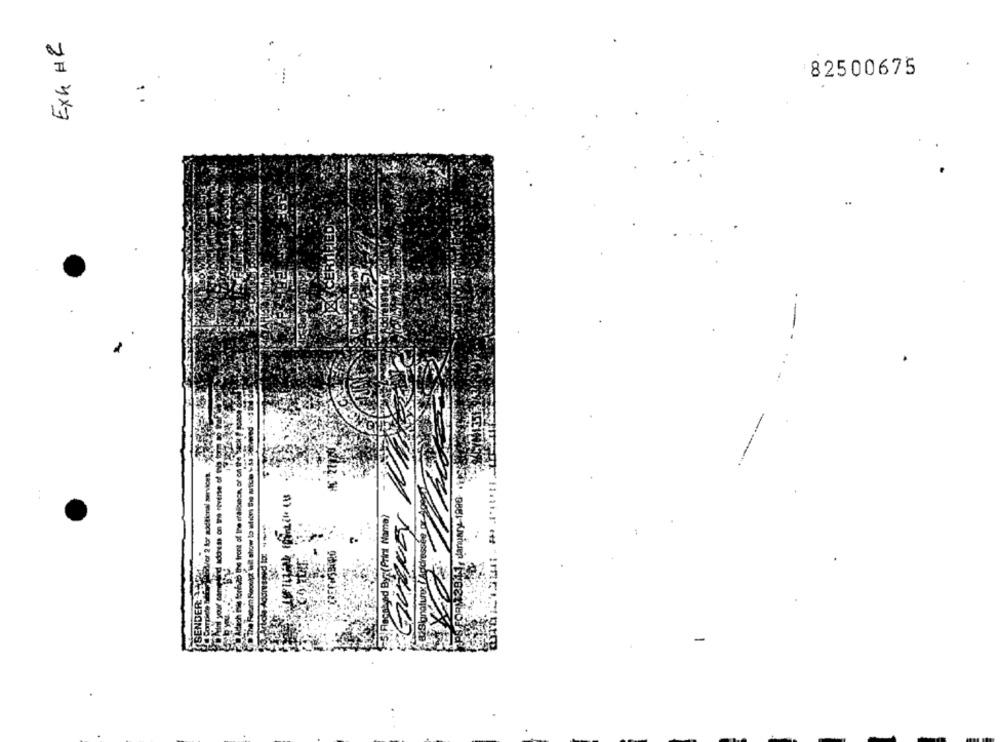
Exh #2
82500675
1
..
) Adach Pis forfao the front of tre eraliciacn, or on the
CD The Rearn Roookt wl show to afdiri Sie mich +43 E
GURNEY
-
SENDER